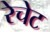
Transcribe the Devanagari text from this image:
रेचेट